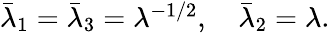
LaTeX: \begin{array}{r}{\bar{\lambda}_{1}=\bar{\lambda}_{3}=\lambda^{-1/2},\quad\bar{\lambda}_{2}=\lambda.}\end{array}